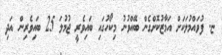
ޏ. ފުވައްމުލަކަށް އަމާޒުކޮށްގެން ބޭއްވުނު މިކޯހުގައި ބައިވެރީ ޖުމުލަ 25 ބައިވެރިން އަދި